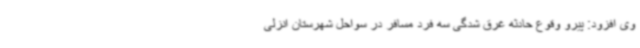
وی افزود: پیرو وقوع حادثه غرق شدگی سه فرد مسافر در سواحل شهرستان انزلی